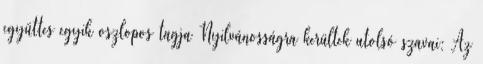
együttes egyik oszlopos tagja Nyilvánosságra kerültek utolsó szavai: Az